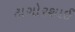
ટાગોરશાઈ